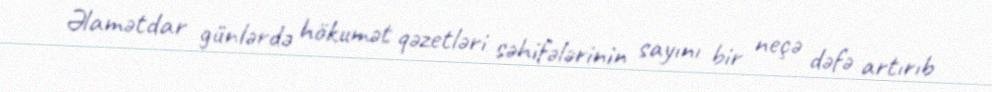
Əlamətdar günlərdə hökumət qəzetləri səhifələrinin sayını bir neçə dəfə artırıb